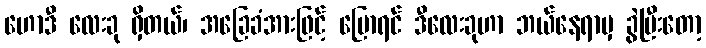
ဟောဒီ လေးခု ရှိတယ်၊ အခြေခံအားဖြင့် ပြောရင် ဒီလေးခုဟာ ဘယ်နေရာမှ ခွဲပြီးတော့